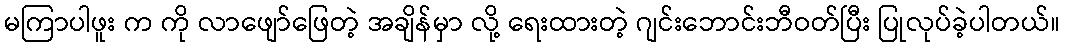
မကြာပါဖူး က ကို လာဖျော်ဖြေတဲ့ အချိန်မှာ လို့ ရေးထားတဲ့ ဂျင်းဘောင်းဘီဝတ်ပြီး ပြုလုပ်ခဲ့ပါတယ်။